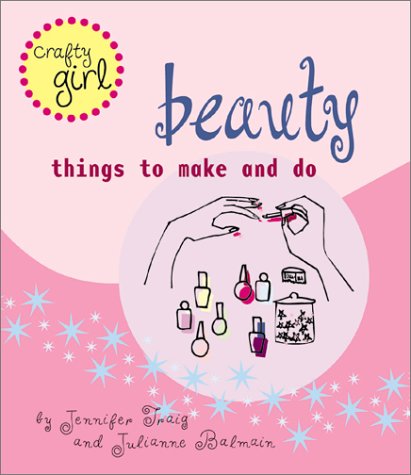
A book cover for Beauty: Things to Make and Do (Crafty Girl); Julianne Balmain; Teen & Young Adult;